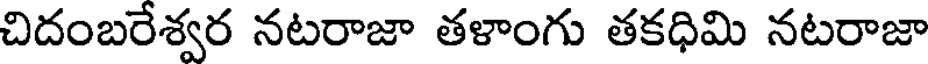
చిదంబరేశ్వర నటరాజా తళాంగు తకధిమి నటరాజా